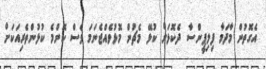
އެގޮތުން މާދަމާ ފިލިޕީންސާ ދެކޮޅަށް ކުޅޭ މެޗުން މޮޅުވެއްޖެނަމަ ވެސް ކޮންމެ ކުޅުންތެރިއަކަށް